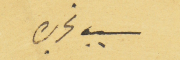
سبب تحريره